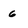
Character: 6